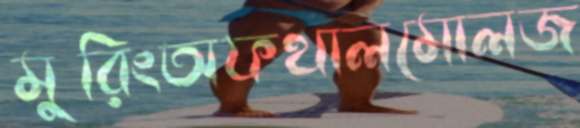
মুরিংঅফথালমোলজ